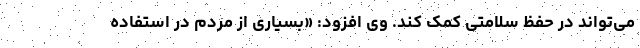
می‌تواند در حفظ سلامتی کمک کند. وی افزود: «بسیاری از مردم در استفاده